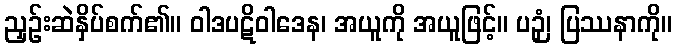
ညှဉ်းဆဲနှိပ်စက်၏။ ဝါဒပဋိဝါဒေန၊ အယူကို အယူဖြင့်။ ပဉှံ၊ ပြဿနာကို။